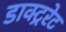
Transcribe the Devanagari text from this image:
डाक्ट्ररेट